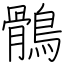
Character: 鶻